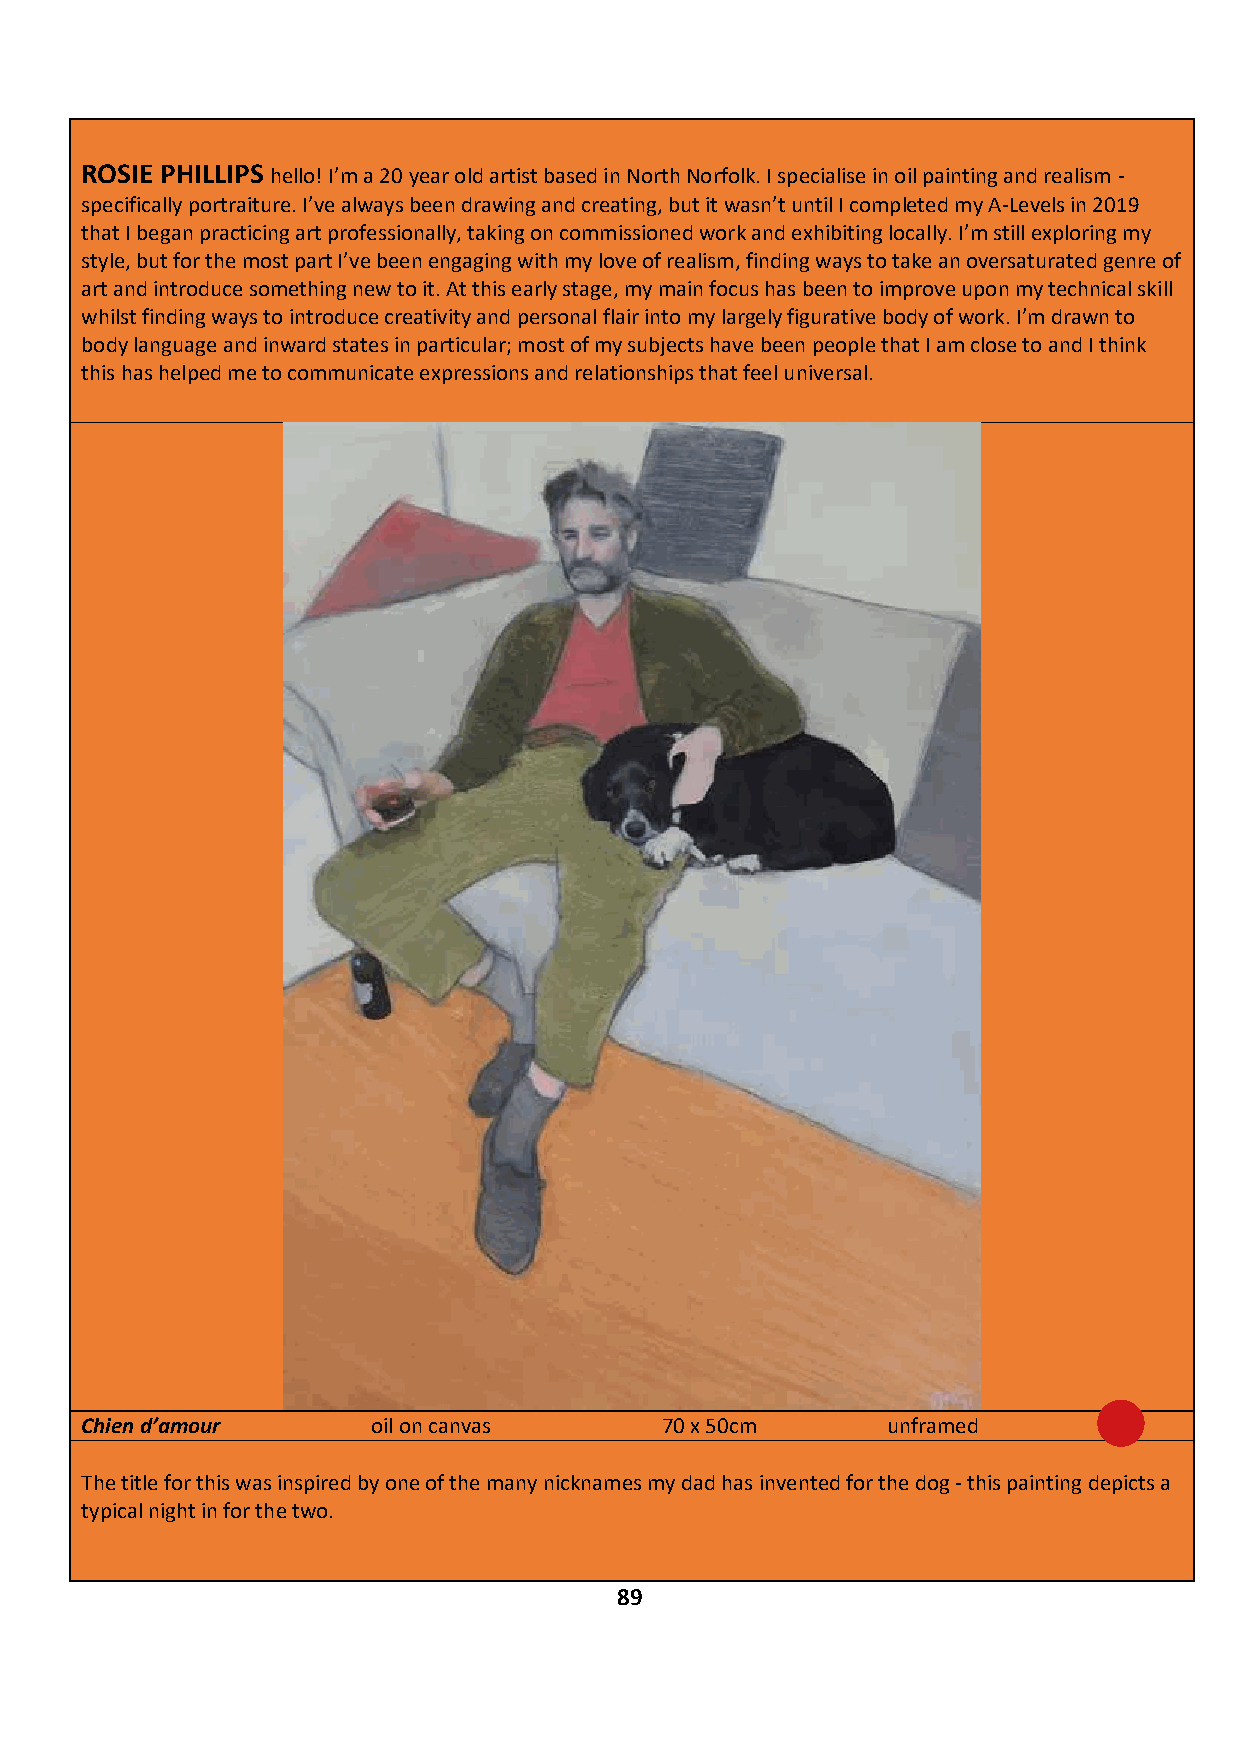
ROSIE PHILLIPS hello! I’m a 20 year old artist based in North Norfolk. I specialise in oil painting and realism -
 specifically portraiture. I’ve always been drawing and creating, but it wasn’t until I completed my A-Levels in 2019
 that I began practicing art professionally, taking on commissioned work and exhibiting locally. I’m still exploring my
 style, but for the most part I’ve been engaging with my love of realism, finding ways to take an oversaturated genre of
 art and introduce something new to it. At this early stage, my main focus has been to improve upon my technical skill
 whilst finding ways to introduce creativity and personal flair into my largely figurative body of work. I’m drawn to
 body language and inward states in particular; most of my subjects have been people that I am close to and I think
 this has helped me to communicate expressions and relationships that feel universal.
 Chien d’amour       oil on canvas      70 x 50cm      unframed      £1,120
 The title for this was inspired by one of the many nicknames my dad has invented for the dog - this painting depicts a
 typical night in for the two.
 IF YOU ARE INTERESTED IN BUYING THIS WORK CONTACT: JAMES GLENNIE – 07799 307 437
 89